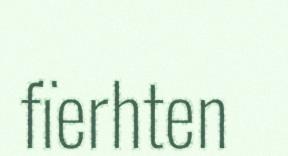
fïerhten